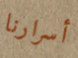
أسرارنا